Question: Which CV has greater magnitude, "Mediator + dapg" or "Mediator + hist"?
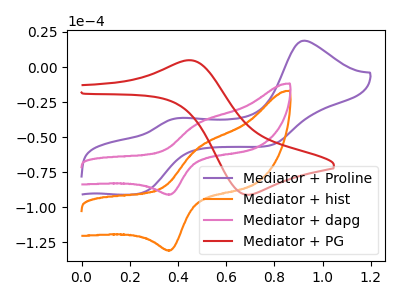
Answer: <think>The purple curve "Mediator + Proline" has anodic peaks at (0.90V, 18.80uA) (0.40V, -36.35uA) and cathodic peaks at (0.25V, -89.80uA) (0.80V, -55.85uA). The orange curve "Mediator + hist" has an anodic peak at (0.50V, -58.25uA) and a cathodic peak at (0.35V, -130.60uA). The pink curve "Mediator + dapg" has an anodic peak at (0.50V, -40.50uA) and a cathodic peak at (0.35V, -90.85uA). The red curve "Mediator + PG" has an anodic peak at (0.45V, 4.75uA) and a cathodic peak at (0.70V, -91.05uA).
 All the peaks in "Mediator + dapg" have a peak in "Mediator + hist" at the same potential.</think>
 <answer>I cant tell if "Mediator + dapg" or "Mediator + hist" has more signal.</answer>
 <eval>mixed_signal</eval>